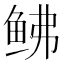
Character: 𫚒